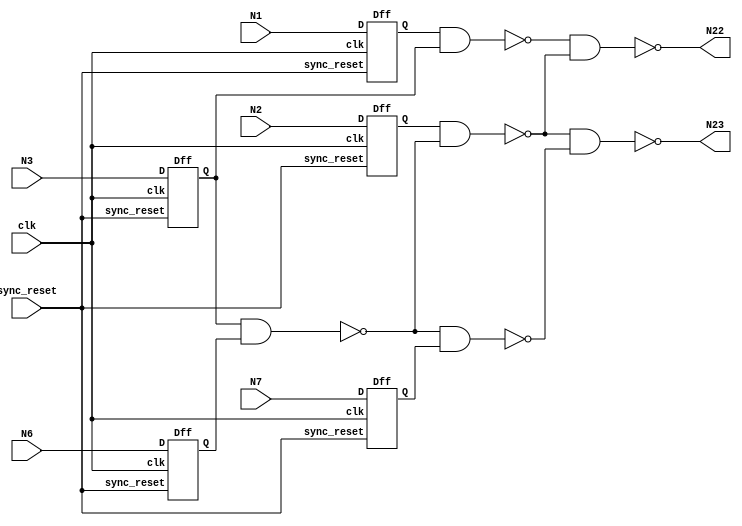
module clocked_c17 (clk,sync_reset,N1,N2,N3,N6,N7,N22,N23);

input clk;

input sync_reset;

input N1,N2,N3,N6,N7;

output N22,N23;

wire N10,N11,N16,N19,Q1,Q2,Q3,Q6,Q7;

Dff dff_1 (.D(N1),
.clk(clk),
.sync_reset(sync_reset),
.Q(Q1));
Dff dff_2 (.D(N2),
.clk(clk),
.sync_reset(sync_reset),
.Q(Q2));
Dff dff_3 (.D(N3),
.clk(clk),
.sync_reset(sync_reset),
.Q(Q3));
Dff dff_4 (.D(N6),
.clk(clk),
.sync_reset(sync_reset),
.Q(Q6));
Dff dff_5 (.D(N7),
.clk(clk),
.sync_reset(sync_reset),
.Q(Q7));

nand NAND2_1 (N10, Q1, Q3);
nand NAND2_2 (N11, Q3, Q6);
nand NAND2_3 (N16, Q2, N11);
nand NAND2_4 (N19, N11, Q7);
nand NAND2_5 (N22, N10, N16);
nand NAND2_6 (N23, N16, N19);

endmodule


module Dff (D,clk,sync_reset,Q);
input D; // Data input
input clk; // clock input
input sync_reset; // synchronous reset
output reg Q; // output Q
always @(posedge clk)
begin
if(sync_reset==1'b1)
Q <= 1'b0;
else
Q <= D;
end

endmodule